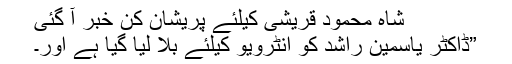
شاہ محمود قریشی کیلئے پریشان کن خبر آ گئی
”ڈاکٹر یاسمین راشد کو انٹرویو کیلئے بلا لیا گیا ہے اور۔